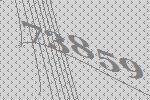
73859